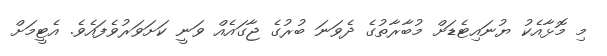
މި މޮޅާއެކު ޔުނައިޓެޑަށް މުބާރާތުގެ ދެވަނަ ބުރުގެ ޖާގައެއް ވަނީ ކަށަވަރުވެފައެވެ. އެޓީމަށް